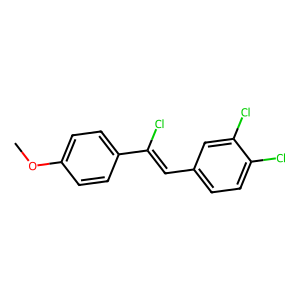
SMILES: COc1ccc(C(Cl)=Cc2ccc(Cl)c(Cl)c2)cc1
Inhibits HIV replication: No